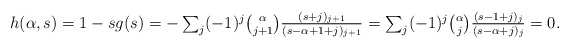
\begin{align*}\textstyle h(\alpha,s) = 1 - sg(s) & \textstyle = - \sum_{j} (-1)^j {\alpha \choose j+1} \frac{ (s+j)_{j+1}}{(s-\alpha+1+j)_{j+1}} = \sum_{j} (-1)^j {\alpha \choose j} \frac{ (s-1+j)_{j}}{(s-\alpha+j)_{j}} = 0.\end{align*}